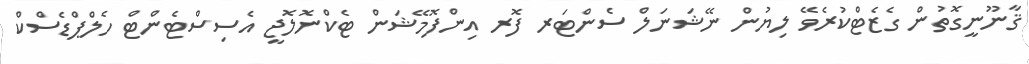
ޤާނޫނީގޮތުން ގެޒެޓްކުރެވޭ ލިޔުން ނޭޝަނަލް ސެންޓަރ ފޮރ އިންފޮމޭޝަން ޓެކްނޮލޮޖީ އެސިސްޓެންޓް ހެލްޕްޑެސްކް